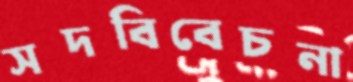
সদবিবেচনা